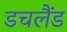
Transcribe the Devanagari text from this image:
डचलैंड